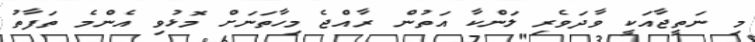
މި ނަތީޖާއަކީ ވާދަވެރި ލަންކާ އަތުން ރާއްޖެ މިހާތަނަށް މޮޅުވި އެންމެ ތަފާތު